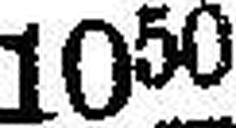
1050